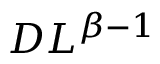
D L ^ { \beta - 1 }